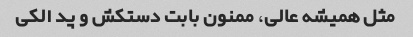
مثل همیشه عالی، ممنون بابت دستکش و پد الکی